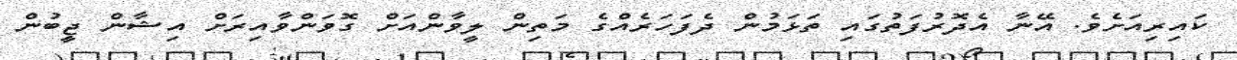
ކައިރިއަށެވެ. އޭނާ އެދޮރުފަތުގައި ތަޅަމުން ދެފަހަރެއްގެ މަތިން ލީވާންއަށް ގޮވަންވާއިރަށް އިޝާން ޖީބުން